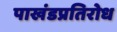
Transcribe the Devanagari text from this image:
पाखंडप्रतिरोध